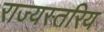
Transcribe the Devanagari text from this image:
राज्यस्तरिय